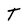
Character: T